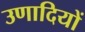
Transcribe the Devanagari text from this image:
उणादियों